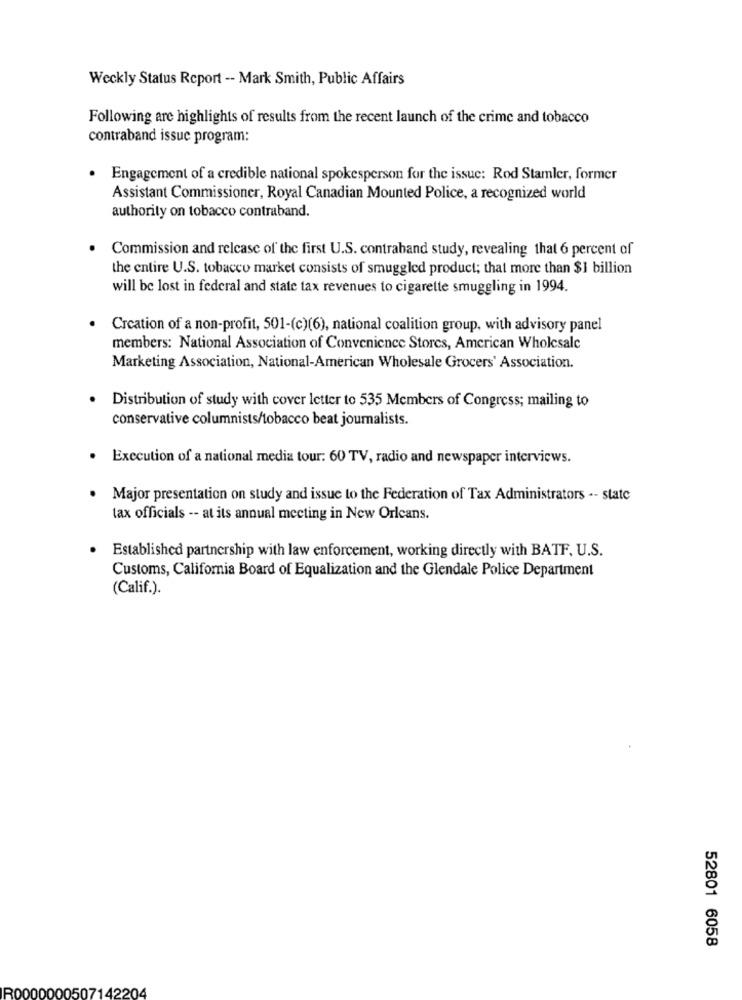
Weekly Status Report -- Mark Smith, Public Affairs
Following are highlights of results from the recent launch of the crime and tobacco
contraband issue program:
· Engagement of a credible national spokesperson for the issue: Rod Stamler, former
Assistant Commissioner, Royal Canadian Mounted Police, a recognized world
authority on tobacco contraband.
Commission and release of the first U.S. contraband study, revealing that 6 percent of
the entire U.S. tobacco market consists of smuggled product; that more than $1 billion
will be lost in federal and state tax revenues to cigarette smuggling in 1994.
Creation of a non-profit, 501-(c)(6), national coalition group, with advisory panel
members: National Association of Convenience Stores, American Wholesale
Marketing Association, National-American Wholesale Grocers' Association.
Distribution of study with cover letter to 535 Members of Congress; mailing to
conservative columnists/tobacco beat journalists.
· Execution of a national media tour: 60 TV, radio and newspaper interviews.
Major presentation on study and issue to the Federation of Tax Administrators -- state
tax officials -- at its annual meeting in New Orleans.
Established partnership with law enforcement, working directly with BATF, U.S.
Customs, California Board of Equalization and the Glendale Police Department
(Calif.).
52801 6058
1507
1220